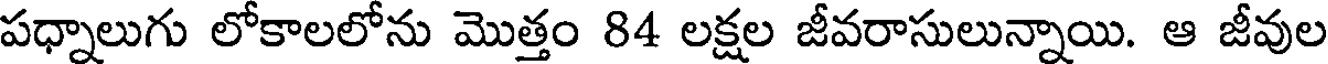
పధ్నాలుగు లోకాలలోను మొత్తం 84 లక్షల జీవరాసులున్నాయి. ఆ జీవుల